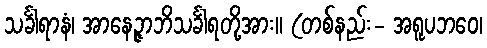
သင်္ခါရာနံ၊ အာနေဉ္ဇာဘိသင်္ခါရတို့အား။ (တစ်နည်း- အရူပဘဝေ၊